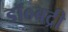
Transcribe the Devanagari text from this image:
डॉ०बद्री